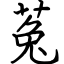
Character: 菟